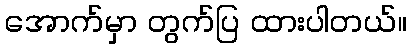
အောက်မှာ တွက်ပြ ထားပါတယ်။